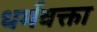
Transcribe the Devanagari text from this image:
धर्मवक्ता